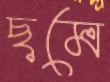
ছমে